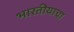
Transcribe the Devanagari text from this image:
भारतीयाचा